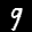
Label: 9